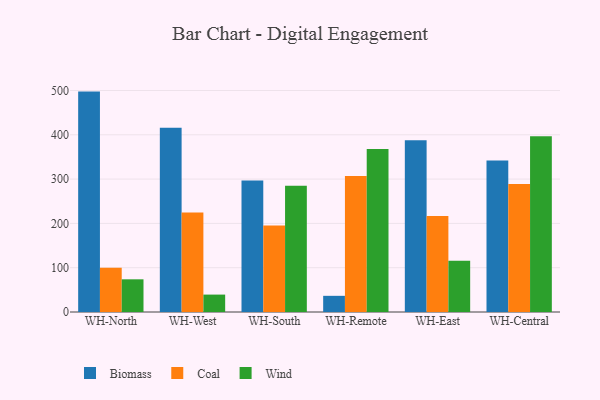
{"axis": {"x": "Warehouse", "y": "Satisfaction Score"}, "legend": ["Biomass", "Coal", "Wind"], "data": [{"x": "WH-North", "y": 497.5, "type": "Biomass"}, {"x": "WH-North", "y": 100.0, "type": "Coal"}, {"x": "WH-North", "y": 73.8, "type": "Wind"}, {"x": "WH-West", "y": 416.1, "type": "Biomass"}, {"x": "WH-West", "y": 224.5, "type": "Coal"}, {"x": "WH-West", "y": 39.3, "type": "Wind"}, {"x": "WH-South", "y": 297.1, "type": "Biomass"}, {"x": "WH-South", "y": 195.1, "type": "Coal"}, {"x": "WH-South", "y": 285.2, "type": "Wind"}, {"x": "WH-Remote", "y": 36.5, "type": "Biomass"}, {"x": "WH-Remote", "y": 307.2, "type": "Coal"}, {"x": "WH-Remote", "y": 367.9, "type": "Wind"}, {"x": "WH-East", "y": 387.9, "type": "Biomass"}, {"x": "WH-East", "y": 216.7, "type": "Coal"}, {"x": "WH-East", "y": 115.6, "type": "Wind"}, {"x": "WH-Central", "y": 342.2, "type": "Biomass"}, {"x": "WH-Central", "y": 289.1, "type": "Coal"}, {"x": "WH-Central", "y": 396.6, "type": "Wind"}]}